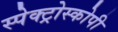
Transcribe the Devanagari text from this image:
स्‍पेक्‍ट्रोस्‍कोपी